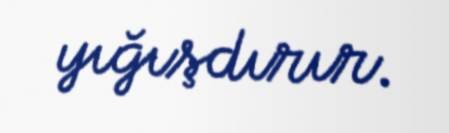
yığışdırır.